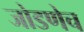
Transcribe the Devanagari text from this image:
जोडणेच